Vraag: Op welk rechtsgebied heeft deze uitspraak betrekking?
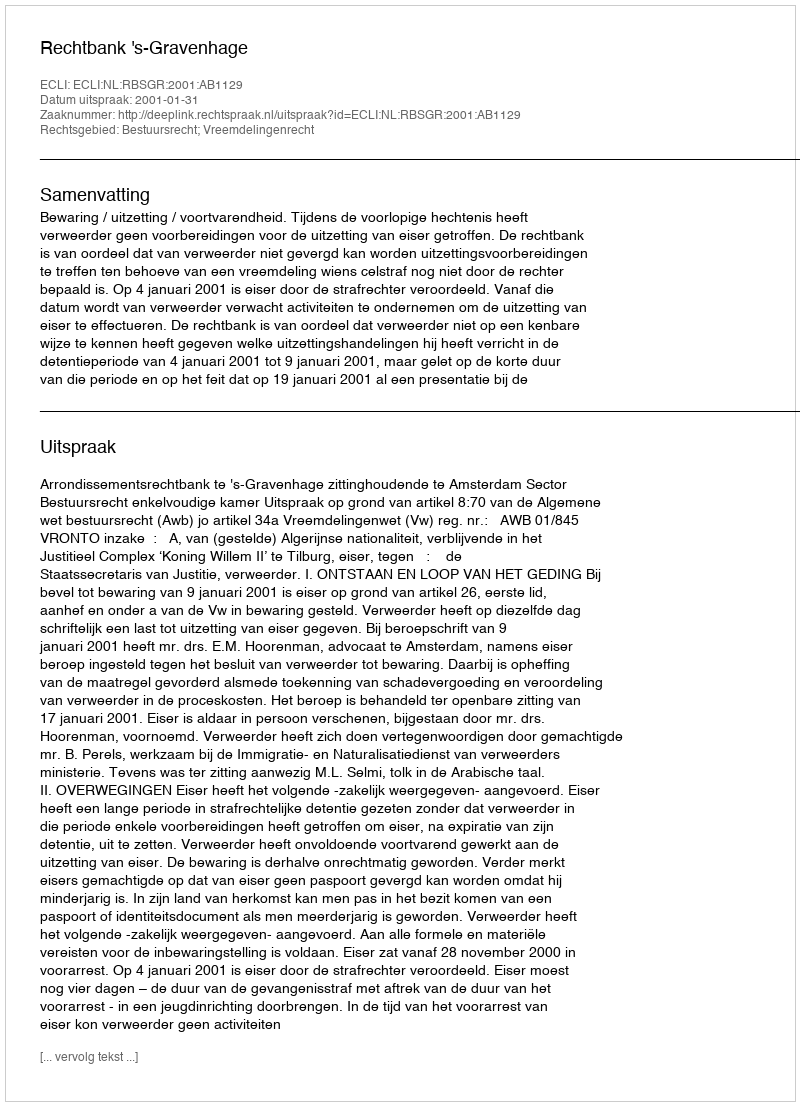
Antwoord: Bestuursrecht; Vreemdelingenrecht